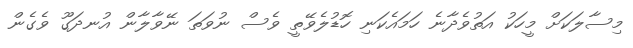
މިސާލަކަށް މީހަކު އަތުވެދާނެ ހަމައެކަނި ހޮޑުލެވޭތީ ވެސް ނުވަތަ ނޭވާލާން އުނދަގޫ ވެގެން